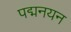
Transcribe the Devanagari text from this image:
पद्मनयन